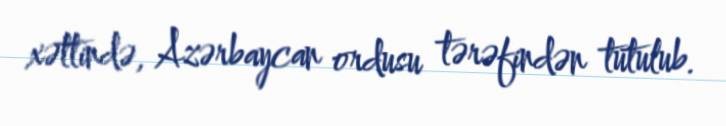
xəttində, Azərbaycan ordusu tərəfindən tutulub.